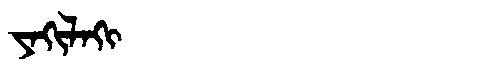
Manchu: ᠶᠠᡴᡳᠯᠠᡴᡳ
Romanization: YAKILAKI